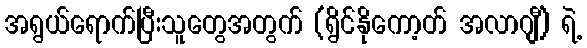
အရွယ်ရောက်ပြီးသူတွေအတွက် (ရွိင်နိုကော့တ် အလာဂျီ) ရဲ့